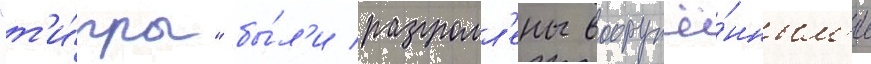
"т'и́гры" бы́л'и разгромл'ены вооружё́нным'и